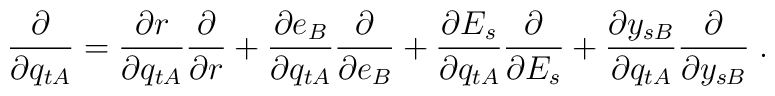
\frac{\partial}{\partial q_{tA}}=\frac{\partial r}{\partial q_{tA}}\frac{\partial}{\partial r}+\frac{\partial e_B}{\partial q_{tA}}\frac{\partial}{\partial e_B}+\frac{\partial E_s}{\partial q_{tA}}\frac{\partial}{\partial E_s}+\frac{\partial y_{sB}}{\partial q_{tA}}\frac{\partial}{\partial y_{sB}}\;.